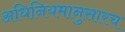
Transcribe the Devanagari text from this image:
अधिनियमानुसारच